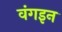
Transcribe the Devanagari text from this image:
वंगइन